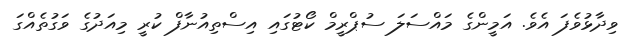
ވިދާޅުވެފަ އެވެ. އަމީންގެ މައްސަލަ ސުޕްރީމް ކޯޓުގައި އިސްތިއުނާފް ކުރީ މިއަދުގެ ވަގުތެއްގަ